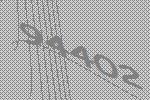
94402